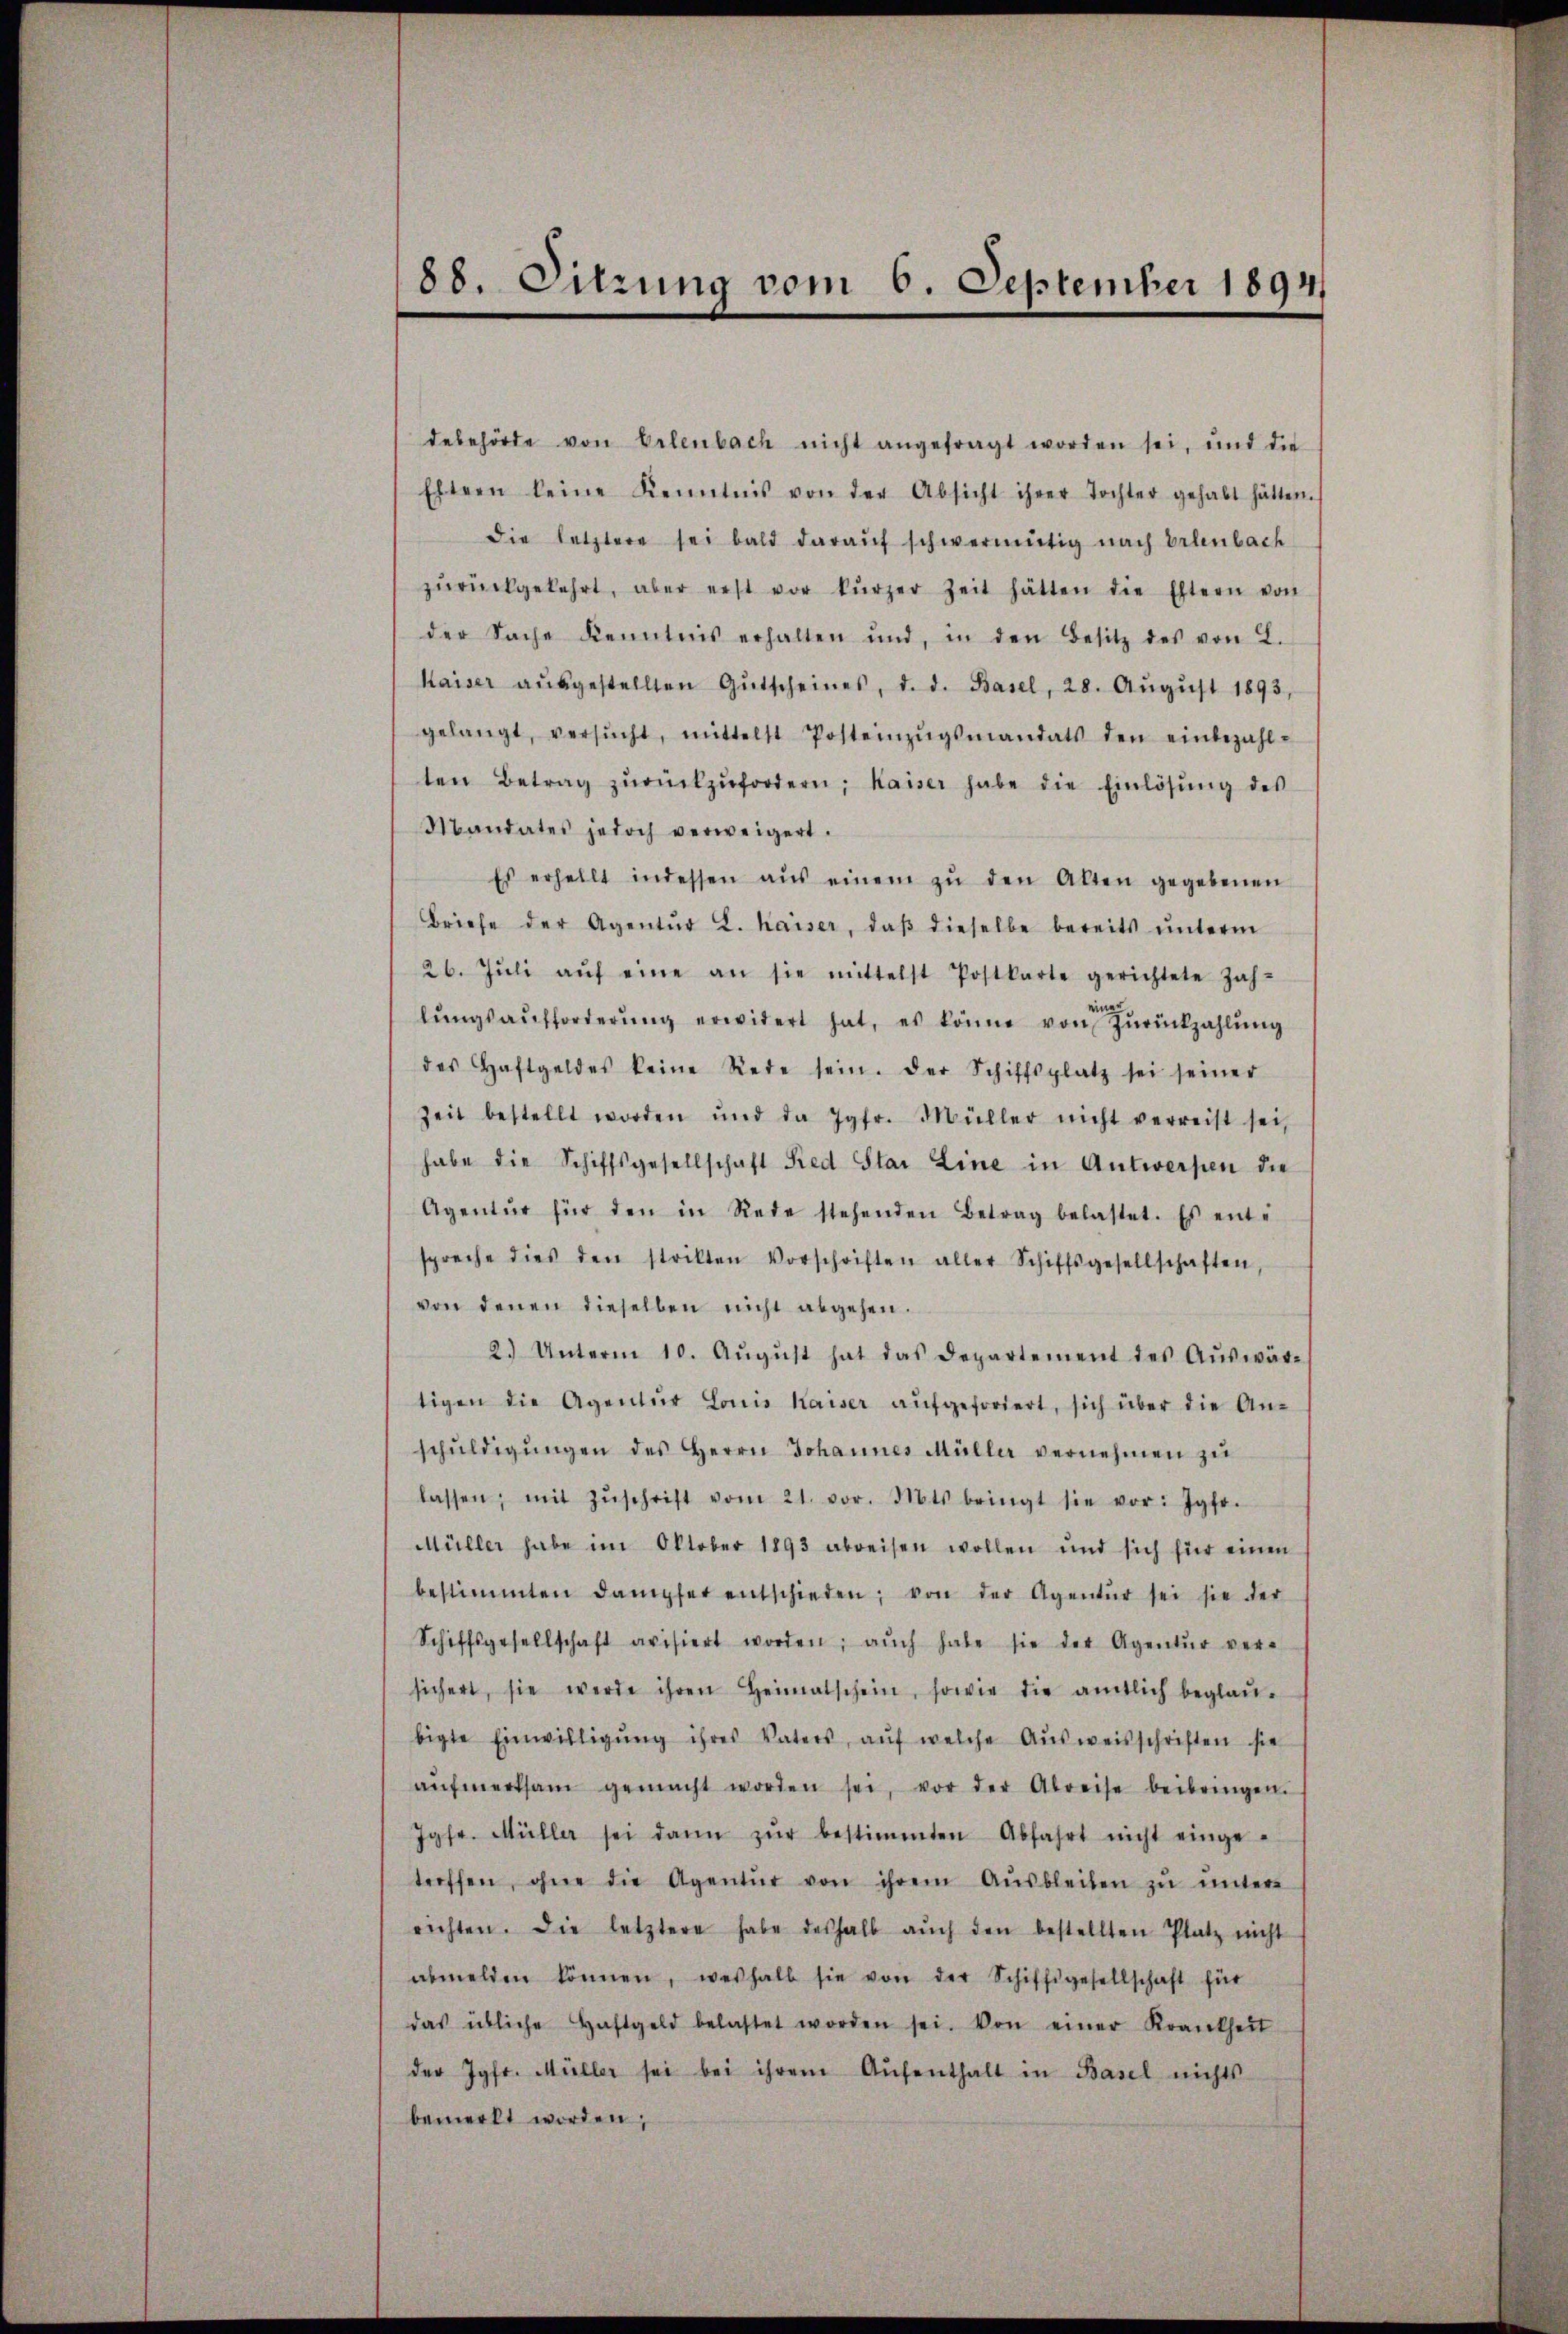
88. Sitzung vom 6. September 1894

debehörde von Erlenbach nicht angefragt worden sei, und die
Eltern keine Kenntnis von der Absicht ihrer Tochter gehabt hätten.
Die letztere sei bald daraŭf schwermütig nach Erlenbach
zŭrückgekehrt, aber erst vor kürzer Zeit hätten die Eltern von
der Sache Kenntnis erhalten und, in den Besitz des von L.
Kaiser aŭsgestellten Gŭtscheines, d. d. Basel, 28. Aŭgŭst 1893,
gelangt, versŭcht, mittelst Posteinzŭgsmandats den einbezahl-
ten Betrag zŭrückzŭfordern; Kaiser habe die Einlösung des
Mandates jedoch verweigert.
Es erhellt indessen aŭs einem zŭ den Alten gegebenen
Briefe der Agentŭr L. Kaiser, daβ dieselbe bereits ŭnterm
26. Jŭli aŭf eine an sie mittelst Postkarte gerichtete Zah-
lŭngsaufforderŭng erwidert hat, es könne von Zŭrückzahlŭng
des Haftgeldes keine Rede sein. Der Schiffsplatz sei seiner
Zeit bestellt worden und da Jgfr. Müller nicht verreist sei,
habe die Schiffsgesellschaft Red Star Line in Antwerpen die
Agentŭr für den in Rede stehenden Betrag belastet. Es ent-
spreche dies den strikten Vorschriften aller Schiffsgesellschaften,
von denen dieselben nicht abgehen.
2.) Unterm 10. Aŭgŭst hat das Departement des Aŭswär-
tigen die Agentŭr Louis Kaiser aŭfgefordert, sich über die An-
schŭldigŭngen des Herrn Johannes Müller vernehmen zŭ
lassen, mit Zŭschrift vom 21. vor. Mts. bringt sie vor: Jgfr.
Müller habe im Oktober 1893 abreisen wollen und sich für einen
bestimmten dampfer entschieden; von der Agentŭr sei sie der
Schiffsgesellschaft avisiert worden; aŭch habe sie der Agentŭr ver-
sichert, sie werde ihren Heimatschein, sowie die amtlich beglaŭ-
bigte Einwilligŭng ihres Vaters, aŭf welche Aŭsweisschriften sie
aŭfmerksam gemacht worden sei, vor der Abreise beibringen.
Jgfr. Müller sei dann zŭr bestimmten Abfahrt nicht einge-
troffen, ohne die Agentur von ihrem Aŭsbleiben zŭ ŭntere
richten. Die letztere habe deshalb aŭch den bestellten Platz nicht
abmelden können, weshalb sie von der Schiffsgesellschaft für
das übliche Haftgeld belastet worden sei. Von einer Krankheit
der Jgfr. Müller sei bei ihrem Aŭfenthalt in Basel nichts
bemerkt worden,